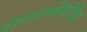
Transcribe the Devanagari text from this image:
रोमनकैथोलिक